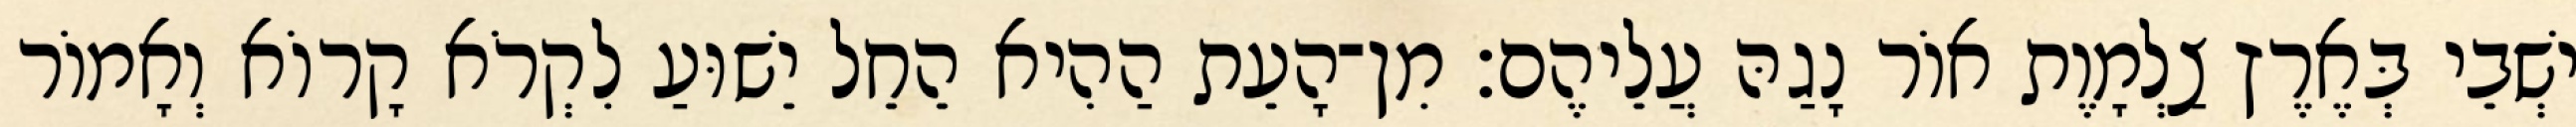
ישְׁבֵי בְּאֶרֶץ צַלְמָוֶת אוֹר נָגַהּ עֲלֵיהֶם׃ מִן־הָעֵת הַהִיא הֵחֵל יֵשׁוּעַ לִקְרֹא קָרוֹא וְאָמוֹר